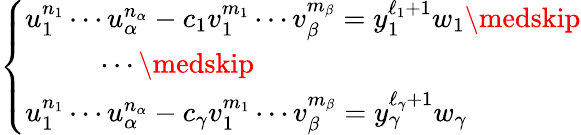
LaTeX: \left\{ \begin{array}{ll}{u_{1}^{n_{1}}\cdots u_{\alpha}^{n_{\alpha}}-c_{1}v_{1}^{m_{1}}\cdots v_{\beta}^{m_{\beta}}=y_{1}^{\ell_{1}+1}w_{1}\medskip}\\ {\ \ \ \ \ \ \ \ \ \ \cdots\medskip}\\ {u_{1}^{n_{1}}\cdots u_{\alpha}^{n_{\alpha}}-c_{\gamma}v_{1}^{m_{1}}\cdots v_{\beta}^{m_{\beta}}=y_{\gamma}^{\ell_{\gamma}+1}w_{\gamma}}\end{array}\right.